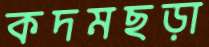
কদমছড়া